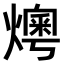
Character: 𤏓